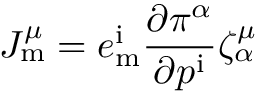
J _ { \mathrm { m } } ^ { \mu } = e _ { \mathrm { m } } ^ { \mathrm { i } } { \frac { \partial \pi ^ { \alpha } } { \partial p ^ { \mathrm { i } } } } \zeta _ { \alpha } ^ { \mu }